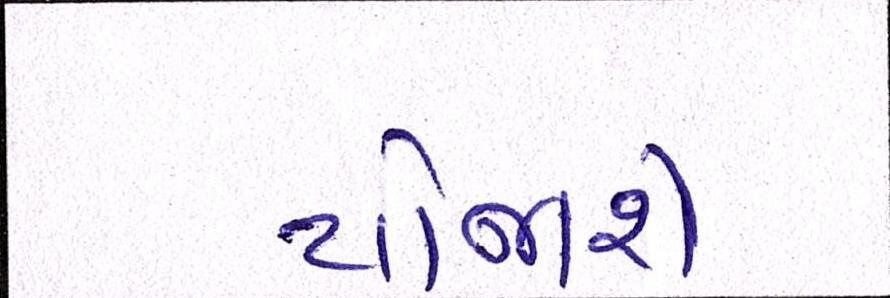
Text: યોજાશે